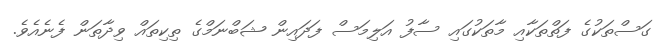
ގަސްތަކުގެ ފަތްތަކާއި މާތަކުގައި ސާފު އަލިމަސް ފަދައިން ޝަބްނަމްގެ ތިކިތައް ވިދާތަން ފެނެއެވެ.